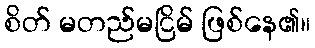
စိတ် မတည်မငြိမ် ဖြစ်နေ၏။